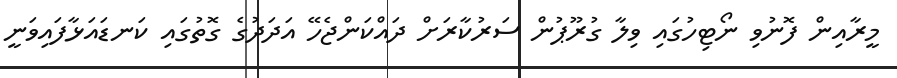
މީރާއިން ފޮނުވި ނޯޓިހުގައި ވިލާ ގުރޫޕުން ސަރުކާރަށް ދައްކަންޖެހޭ އަދަދުގެ ގޮތުގައި ކަނޑައަޅާފައިވަނީ